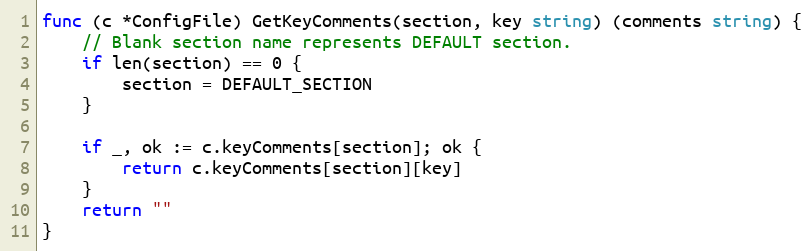
Language: Go
func (c *ConfigFile) GetKeyComments(section, key string) (comments string) {
	// Blank section name represents DEFAULT section.
	if len(section) == 0 {
		section = DEFAULT_SECTION
	}

	if _, ok := c.keyComments[section]; ok {
		return c.keyComments[section][key]
	}
	return ""
}